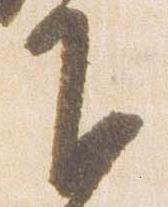
下